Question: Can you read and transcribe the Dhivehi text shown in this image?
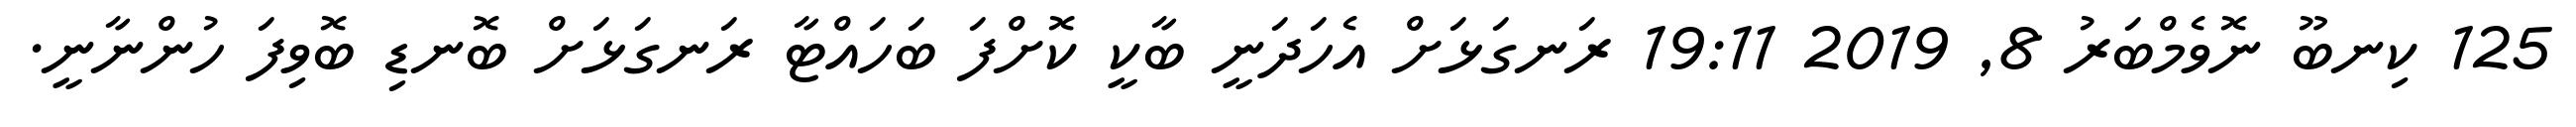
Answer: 125 ކިނބޫ ނޮވެމްބަރު 8, 2019 19:11 ރަނގަޅަށް އެހަދަނީ ބާކީ ކޮށްފަ ބަހައްޓާ ރަނގަޅަށް ބޮނޑި ބޮވިފަ ހުންނާނީ.